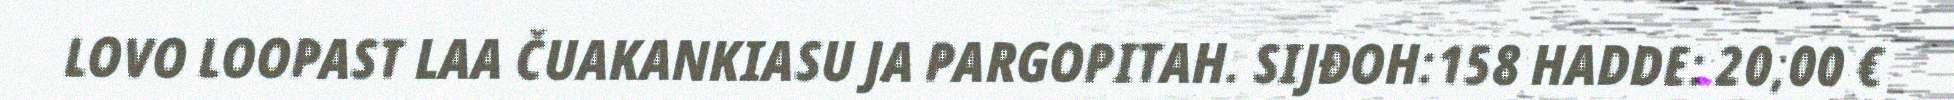
LOVO LOOPAST LAA ČUAKANKIASU JA PARGOPITAH. SIJĐOH:158 HADDE: 20,00 €